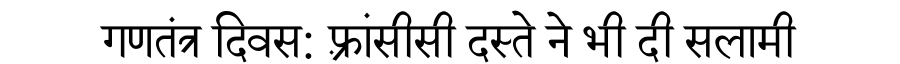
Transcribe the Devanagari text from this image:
गणतंत्र दिवस: फ़्रांसीसी दस्ते ने भी दी सलामी